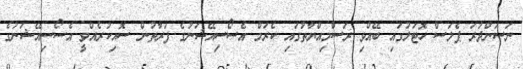
ނަސަންދުރަ ޕެލަސް ހޮޓަލުގައި ބޭއްވި ރަސްމިއްޔާތުގައި ކެރަމް އެސޯސިއޭޝަނުގެ ފަރާތުން ސޮއިކުރެއްވީ އެސޯސިއޭޝަނުގެ